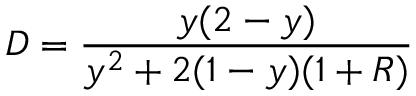
D = \frac { y ( 2 - y ) } { y ^ { 2 } + 2 ( 1 - y ) ( 1 + R ) }